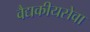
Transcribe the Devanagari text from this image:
वैद्यकीयसेवा